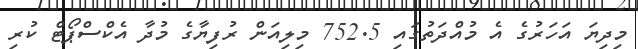
މިދިޔަ އަހަރުގެ އެ މުއްދަތުގައި 752.5 މިލިއަން ރުފިޔާގެ މުދާ އެކްސްޕޯޓް ކުރި